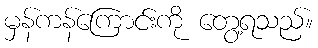
မှန်ကန်ကြောင်းကို တွေ့ရသည်။